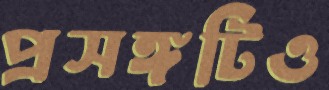
প্রসঙ্গটিও